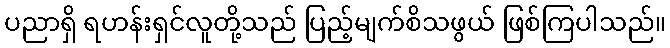
ပညာရှိ ရဟန်းရှင်လူတို့သည် ပြည့်မျက်စိသဖွယ် ဖြစ်ကြပါသည်။